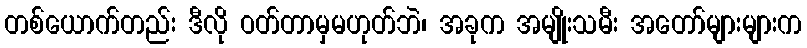
တစ်ယောက်တည်း ဒီလို ဝတ်တာမှမဟုတ်ဘဲ၊ အခုက အမျိုးသမီး အတော်များများက